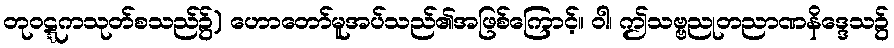
တုဝဋ္ဋကသုတ်စသည်၌) ဟောတော်မူအပ်သည်၏အဖြစ်ကြောင့်။ ဝါ၊ ဤသဗ္ဗညုတညာဏနိဒ္ဒေသ၌